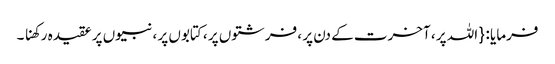
فرمایا : { اللہ پر ، آخرت کے دن پر ، فرشتوں پر ، کتابوں پر ، نبیوں پر عقیدہ رکھنا ۔